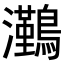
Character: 𭳻